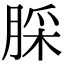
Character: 䐆